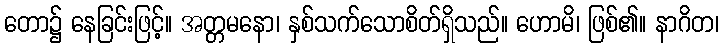
တော၌ နေခြင်းဖြင့်။ အတ္တမနော၊ နှစ်သက်သောစိတ်ရှိသည်။ ဟောမိ၊ ဖြစ်၏။ နာဂိတ၊